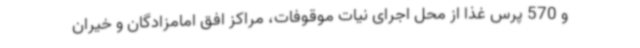
و 570 پرس غذا از محل اجرای نیات موقوفات، مراکز افق امامزادگان و خیران